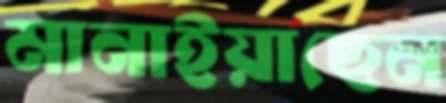
মানাইয়াছেন